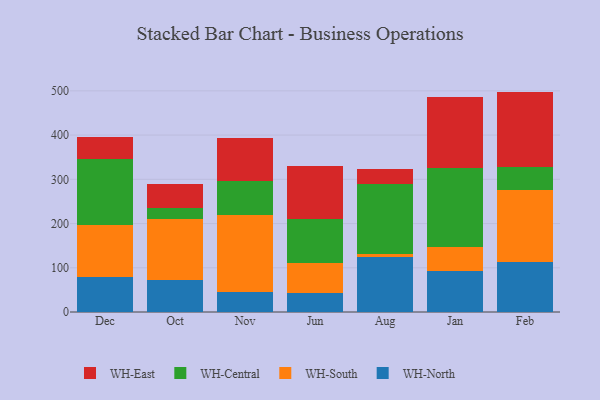
{"axis": {"x": "Month", "y": "Inventory Turnover"}, "legend": ["WH-Central", "WH-East", "WH-North", "WH-South"], "data": [{"x": "Dec", "y": 79.6, "type": "WH-North"}, {"x": "Dec", "y": 117.5, "type": "WH-South"}, {"x": "Dec", "y": 148.3, "type": "WH-Central"}, {"x": "Dec", "y": 50.2, "type": "WH-East"}, {"x": "Oct", "y": 71.3, "type": "WH-North"}, {"x": "Oct", "y": 139.5, "type": "WH-South"}, {"x": "Oct", "y": 23.7, "type": "WH-Central"}, {"x": "Oct", "y": 54.1, "type": "WH-East"}, {"x": "Nov", "y": 44.6, "type": "WH-North"}, {"x": "Nov", "y": 175.4, "type": "WH-South"}, {"x": "Nov", "y": 77.3, "type": "WH-Central"}, {"x": "Nov", "y": 95.9, "type": "WH-East"}, {"x": "Jun", "y": 43.4, "type": "WH-North"}, {"x": "Jun", "y": 66.9, "type": "WH-South"}, {"x": "Jun", "y": 100.9, "type": "WH-Central"}, {"x": "Jun", "y": 119.0, "type": "WH-East"}, {"x": "Aug", "y": 125.0, "type": "WH-North"}, {"x": "Aug", "y": 7.2, "type": "WH-South"}, {"x": "Aug", "y": 156.2, "type": "WH-Central"}, {"x": "Aug", "y": 35.2, "type": "WH-East"}, {"x": "Jan", "y": 92.4, "type": "WH-North"}, {"x": "Jan", "y": 54.3, "type": "WH-South"}, {"x": "Jan", "y": 179.6, "type": "WH-Central"}, {"x": "Jan", "y": 160.8, "type": "WH-East"}, {"x": "Feb", "y": 113.2, "type": "WH-North"}, {"x": "Feb", "y": 162.9, "type": "WH-South"}, {"x": "Feb", "y": 52.0, "type": "WH-Central"}, {"x": "Feb", "y": 170.2, "type": "WH-East"}]}